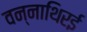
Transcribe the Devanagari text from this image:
वन्नाथिरई